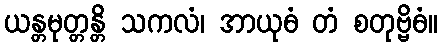
ယန္တမုတ္တန္တိ သကလံ၊ အာယုဓံ တံ စတုဗ္ဗိဓံ။